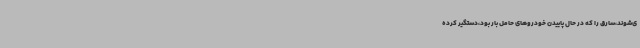
ی‌شوند،سارق را که در حال پاییدن خودروهای حامل بار بود،دستگیر کرده